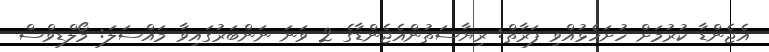
އެޖެންޑާ ކުރުމަށް ހުށަހެޅުއްވި ފަރާތް: ރިޔާސަތުންއެޖެންޑާގެ 2 ވަނަ ނަންބަރުގައިވާ މައްސަލަ: މޯލްޑިވްސް